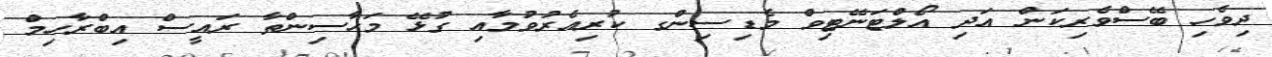
ދިވެހި ބޭސްވެރިކަން އަދި އޯލްޓަނޭޓިވް މެޑިސިންގ ކުރިއެރުވުމާއި ގުޅޭ މަހާސިންތާ ރައީސް އިބްރާހިމް